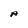
Character: A